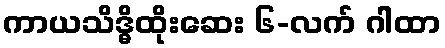
ကာယသိဒ္ဓိထိုးဆေး ၆-လက် ဂါထာ